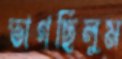
ভাগছিলুম